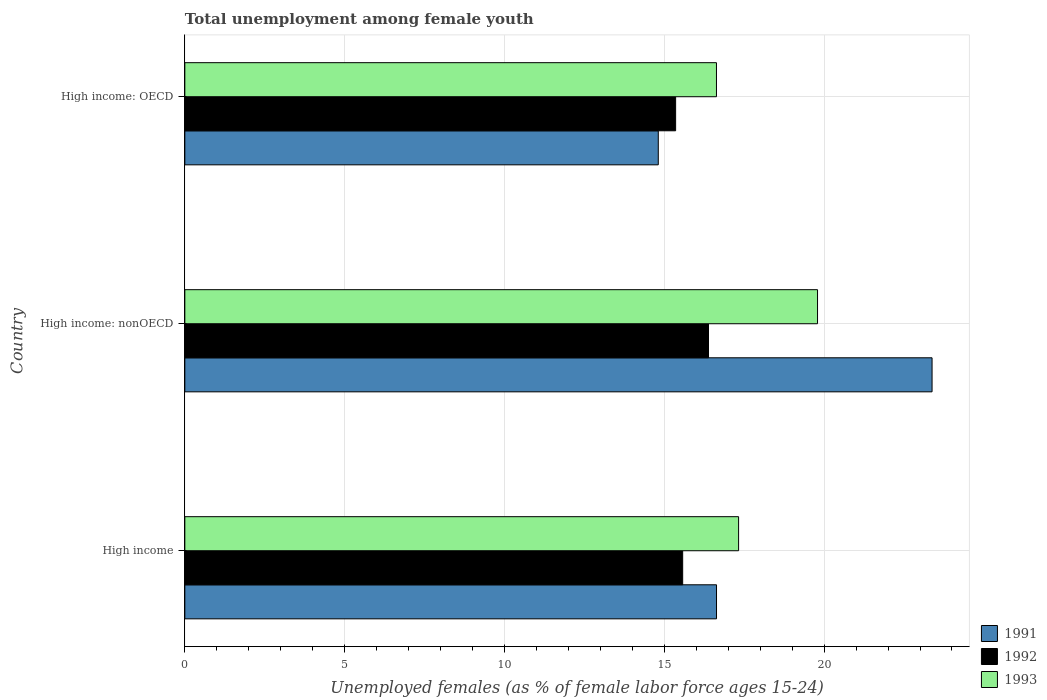
| Country | 1991 | 1992 | 1993 |
 | --- | --- | --- | --- |
 | High income | 16.6 | 15.6 | 17.3 |
 | High income: nonOECD | 23.4 | 16.4 | 19.8 |
 | High income: OECD | 14.8 | 15.4 | 16.6 |